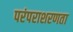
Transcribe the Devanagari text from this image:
परंपराशरणता